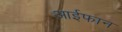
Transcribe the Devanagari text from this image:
आईफान